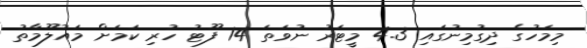
މިމަހުގެ ދިގުމިނުގައި 4.3 މީޓަރު ނުވަތަ 14 ފޫޓު ހުރި ކަމަށް މައުލޫމާތު